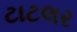
ટાટલર